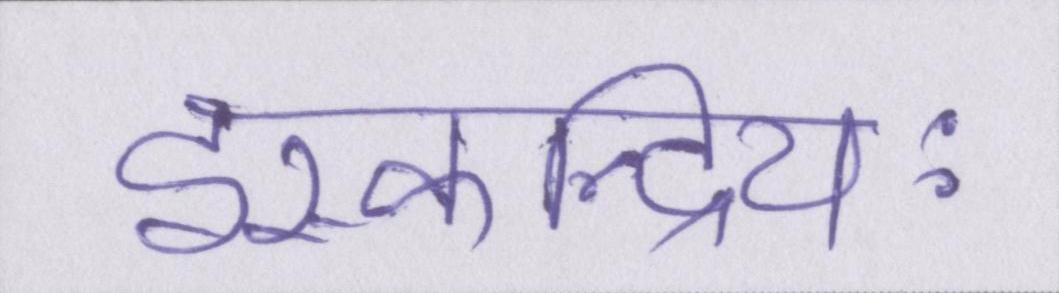
इस्कन्द्रियः